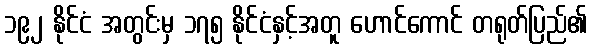
၁၉၂ နိုင်ငံ အတွင်းမှ ၁၇၅ နိုင်ငံနှင့်အတူ ဟောင်ကောင် တရုတ်ပြည်၏